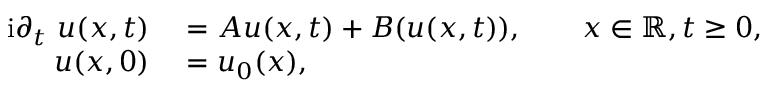
\begin{array} { r l } { \mathrm { i } \partial _ { t } \ u ( x , t ) } & { { } = A u ( x , t ) + B ( u ( x , t ) ) , \qquad x \in \mathbb { R } , t \geq 0 , } \\ { u ( x , 0 ) } & { { } = u _ { 0 } ( x ) , } \end{array}